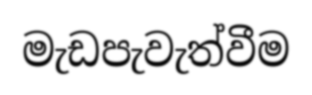
මැඩපැවැත්වීම